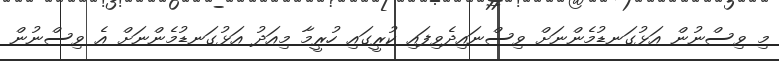
މި ވިސްނުން އަޅުގަނޑުމެންނަށް ވިސްނައިދެވިފައި ކުރީގައި ހުރީމާ މިއަދު އަޅުގަނޑުމެންނަށް އެ ވިސްނުން